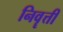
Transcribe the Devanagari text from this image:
निवॄत्ती